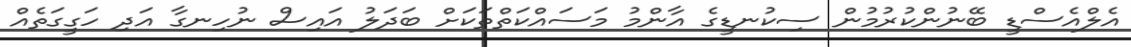
އެލްއެސްޑީ ބޭނުންކުރުމުން ސިކުނޑީގެ އާންމު މަސައްކަތްތަކަށް ބަދަލު އައިސް ނުހިނގާ އަދި ހަގީގަތެއް